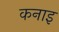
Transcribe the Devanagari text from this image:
कनाइ